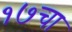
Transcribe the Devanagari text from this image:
१७चा